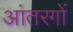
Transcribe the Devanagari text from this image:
आंतरगों